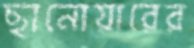
ছানোয়ারের